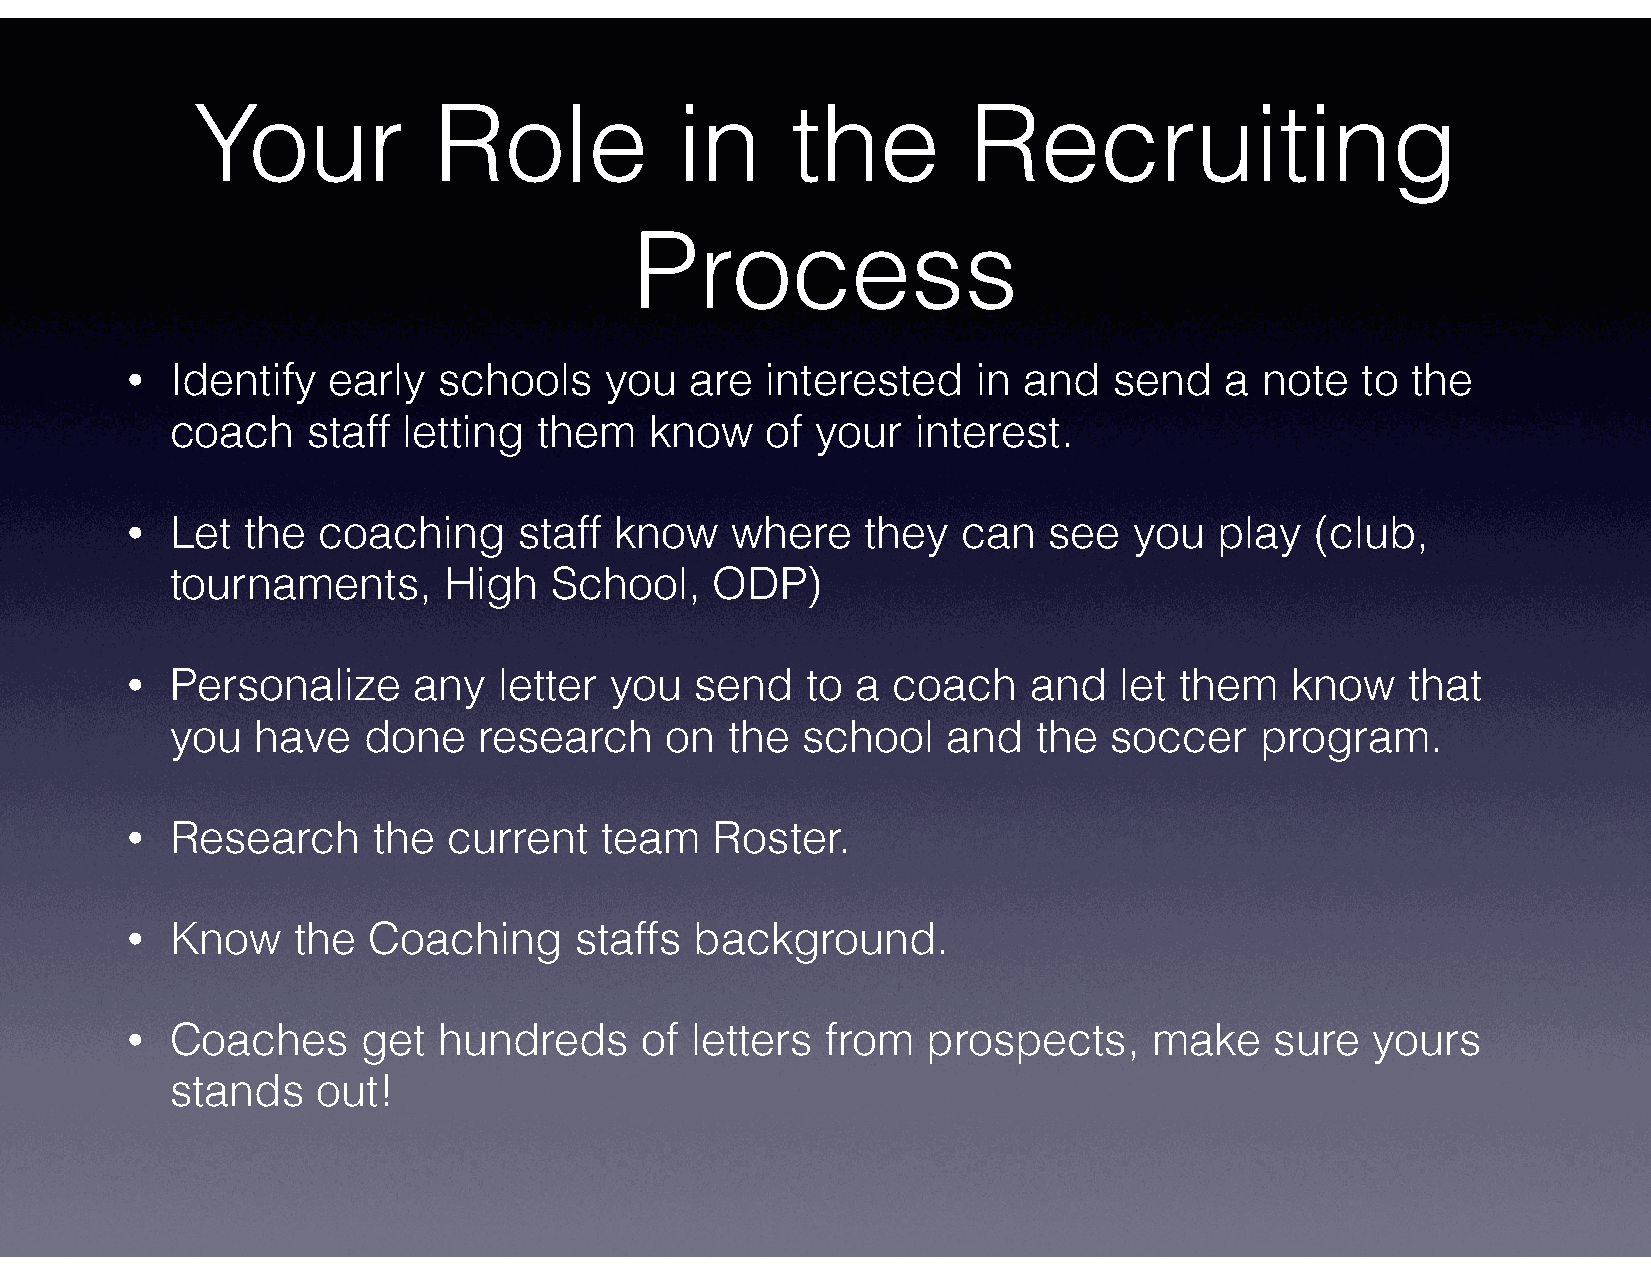
Your            Role            in     the         Recruiting
 Process
 •  Identify   early  schools    you   are  interested    in and   send   a note   to the
 coach    staff  letting  them   know    of your   interest.
 •  Let  the  coaching     staff  know   where    they   can  see   you   play  (club,
 tournaments,      High   School,    ODP)
 •  Personalize     any   letter you   send   to  a coach    and   let them   know    that
 you   have   done    research    on  the  school    and   the soccer    program.
 •  Research      the  current   team   Roster.
 •  Know    the  Coaching      staffs  background.
 •  Coaches      get  hundreds     of  letters  from  prospects,     make    sure   yours
 stands    out!